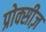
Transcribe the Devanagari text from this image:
प्रोक्सीज़